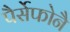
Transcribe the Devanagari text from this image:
पैर्सेफोनै